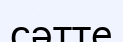
сәтте